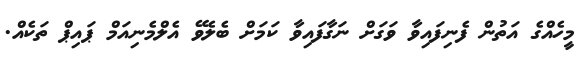
މީހެއްގެ އަތުން ފެނިފައިވާ ވަގަށް ނަގާފައިވާ ކަމަށް ބެލެވޭ އެލްމެނިއަމް ޕައިޕް ތަކެއް.